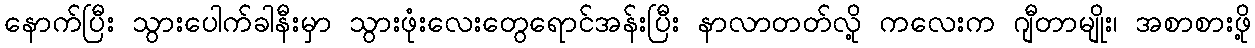
နောက်ပြီး သွားပေါက်ခါနီးမှာ သွားဖုံးလေးတွေရောင်အန်းပြီး နာလာတတ်လို့ ကလေးက ဂျီတာမျိုး၊ အစာစားဖို့